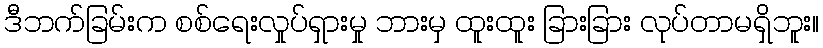
ဒီဘက်ခြမ်းက စစ်ရေးလှုပ်ရှားမှု ဘားမှ ထူးထူး ခြားခြား လုပ်တာမရှိဘူး။